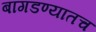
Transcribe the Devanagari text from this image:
बागडण्यातच